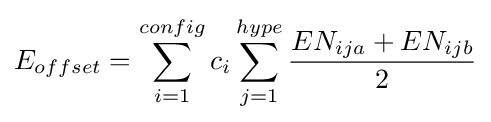
E_{offset}=\sum _{i=1}^{config}c_{i}\sum _{j=1}^{hype}{\frac {EN_{ija}+EN_{ijb}}{2}}